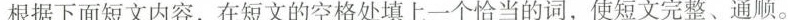
根据下面短文内容,在短文的空格处填上一个恰当的词,使短文完整、通顺。